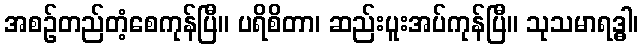
အစဉ်တည်တံ့စေကုန်ပြီ။ ပရိစိတာ၊ ဆည်းပူးအပ်ကုန်ပြီ။ သုသမာရဒ္ဓါ၊